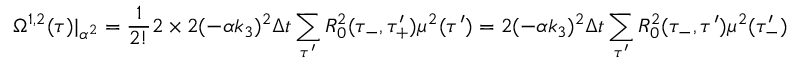
\Omega ^ { 1 , 2 } ( \tau ) | _ { \alpha ^ { 2 } } = \frac { 1 } { 2 ! } 2 \times 2 ( - \alpha k _ { 3 } ) ^ { 2 } \Delta t \sum _ { \tau ^ { \prime } } R _ { 0 } ^ { 2 } ( \tau _ { - } , \tau _ { + } ^ { \prime } ) \mu ^ { 2 } ( \tau ^ { \prime } ) = 2 ( - \alpha k _ { 3 } ) ^ { 2 } \Delta t \sum _ { \tau ^ { \prime } } R _ { 0 } ^ { 2 } ( \tau _ { - } , \tau ^ { \prime } ) \mu ^ { 2 } ( \tau _ { - } ^ { \prime } )